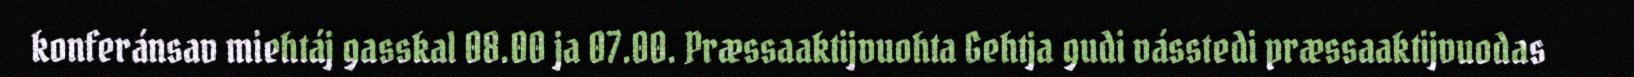
konferánsav miehtáj gasskal 08.00 ja 07.00. Præssaaktijvuohta Gehtja gudi vásstedi præssaaktijvuodas